Source: Handwritten
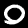
Digit: ၀ (0)